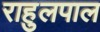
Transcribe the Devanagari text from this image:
राहुलपाल